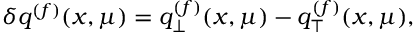
\delta q ^ { ( f ) } ( x , \mu ) = q _ { \bot } ^ { ( f ) } ( x , \mu ) - q _ { \top } ^ { ( f ) } ( x , \mu ) ,